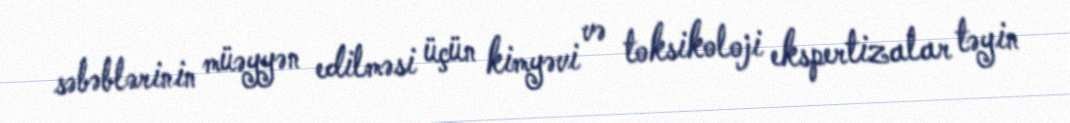
səbəblərinin müəyyən edilməsi üçün kimyəvi və toksikoloji ekspertizalar təyin